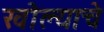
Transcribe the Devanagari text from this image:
खोल्याचे